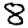
Digit: 8